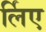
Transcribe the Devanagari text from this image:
र्लिए